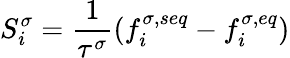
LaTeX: S_{i}^{\sigma}=\frac{1}{\tau^{\sigma}}(f_{i}^{\sigma,seq}-f_{i}^{\sigma,eq})